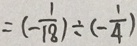
= ( - \frac { 1 } { 1 8 } ) \div ( - \frac { 1 } { 4 } )